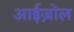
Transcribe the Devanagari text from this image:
आईज़ोल